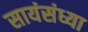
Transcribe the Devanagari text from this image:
सायंसंध्या